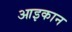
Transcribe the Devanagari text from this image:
आइकान